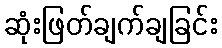
ဆုံးဖြတ်ချက်ချခြင်း